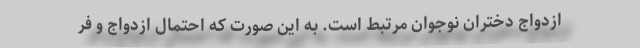
ازدواج دختران نوجوان مرتبط است. به این صورت که احتمال ازدواج و فر